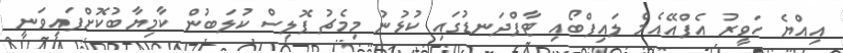
އިއްޔެ ހަވީރު އެފްއޭއެމް ލައިފްބޯއި ޓާފްދަނޑުގައި ކުޅުނު މިމެޗު ޕޮލިސް ކުލަބުން ކާމިޔާބުކޮށްފައިވަނީ